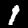
Label: 1